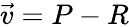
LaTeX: {\vec{v}}=P-R